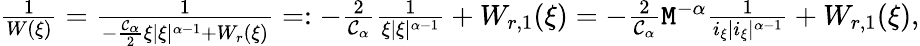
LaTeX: \begin{array}{r}{\frac{1}{W(\xi)}=\frac{1}{-\frac{\mathcal{C}_{\alpha}}{2}\xi|\xi|^{\alpha-1}+W_{r}(\xi)}=:-\frac{2}{\mathcal{C}_{\alpha}}\frac{1}{\xi|\xi|^{\alpha-1}}+W_{r,1}(\xi)=-\frac{2}{\mathcal{C}_{\alpha}}\mathtt{M}^{-\alpha}\frac{1}{i_{\xi}|i_{\xi}|^{\alpha-1}}+W_{r,1}(\xi),}\end{array}